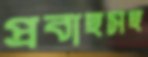
প্রবাহসহ